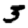
Digit: 3